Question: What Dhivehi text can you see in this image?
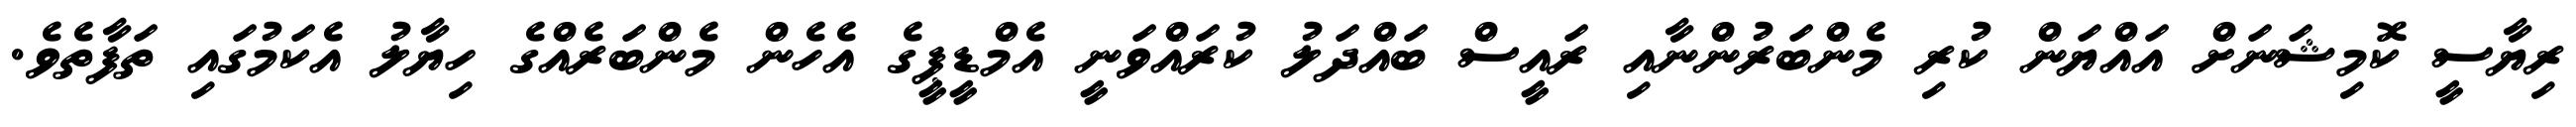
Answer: ރިޔާސީ ކޮމިޝަނަށް އައްޔަން ކުރި މެންބަރުންނާއި ރައީސް ބައްދަލު ކުރައްވަނީ އެމްޑީޕީގެ އެހެން މެންބަރެއްގެ ހިޔާލު އެކަމުގައި ތަފާތެވެ.